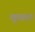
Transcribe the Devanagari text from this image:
खुखरा